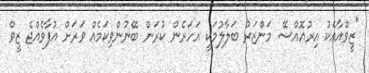
"ޒީވްއާއެކު އިރުއޮއްސޭ މަންޒަރު ބަލާލުމަކީ އަހަރެން ކުރަން ބޭނުންވިކަމެއް ވަރަށް އުފާވެއްޖެ ޒީވް